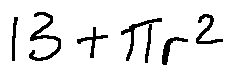
1 3 + \pi r ^ { 2 }